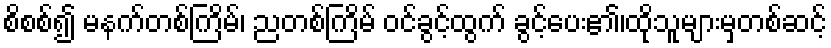
စိစစ်၍ မနက်တစ်ကြိမ်၊ ညတစ်ကြိမ် ဝင်ခွင့်ထွက် ခွင့်ပေး၏၊ထိုသူများမှတစ်ဆင့်